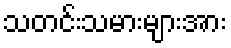
သတင်းသမားများအား